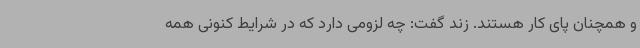
و همچنان پای کار هستند. زند گفت: چه لزومی دارد که در شرایط کنونی همه